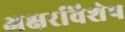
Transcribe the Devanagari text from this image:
अक्षरविशेष